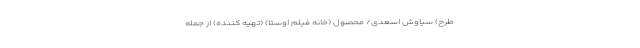
طرح) سیاوش اسعدی/ محصول (خانه فیلم‌ اَوستا) (تهیه‌ کننده) از جمله